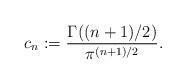
LaTeX: \begin{align*}c_n := \frac{\Gamma((n+1)/2)}{\pi^{(n+1)/2}}.\end{align*}